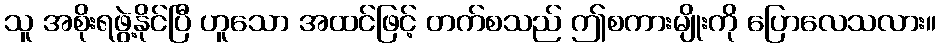
သူ အစိုးရဖွဲ့နိုင်ပြီ ဟူသော အထင်ဖြင့် တက်စသည် ဤစကားမျိုးကို ပြောလေသလား။